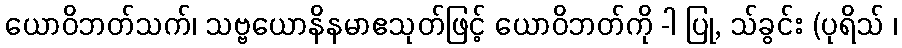
ယောဝိဘတ်သက်၊ သဗ္ဗယောနိနမာဧသုတ်ဖြင့် ယောဝိဘတ်ကို -ါ ပြု, သ်ခွင်း (ပုရိသ် ၊